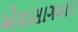
એવાસાગબારા